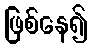
ဖြစ်နေ၍